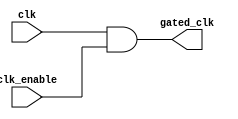
module clock_gating (
    input wire clk,            // Primary clock signal
    input wire clk_enable,     // Clock enable signal
    output wire gated_clk      // Gated clock output
);

// AND gate to combine clk and clk_enable
assign gated_clk = clk & clk_enable;

endmodule